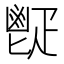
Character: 𩰠